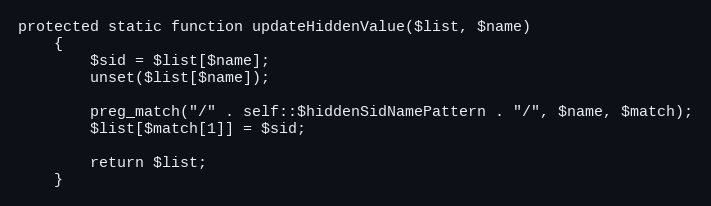
Language: PHP
protected static function updateHiddenValue($list, $name)
    {
        $sid = $list[$name];
        unset($list[$name]);

        preg_match("/" . self::$hiddenSidNamePattern . "/", $name, $match);
        $list[$match[1]] = $sid;

        return $list;
    }